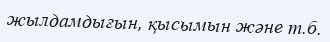
жылдамдығын, қысымын және т.б.